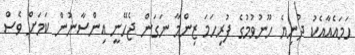
ހަމައެއާއެކު ދުނިޔެ ހޫނުވުމުގެ ފުރިހަމަ ޒިންމާ ނަގަން ޖެހޭނީ އިންސާނުން ކަމަށް ވެސް